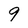
Character: 9